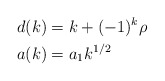
\begin{align*} d(k)&=k+(-1)^k\rho\\ a(k)&=a_1k^{1/2} \end{align*}